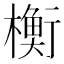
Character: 𬄴